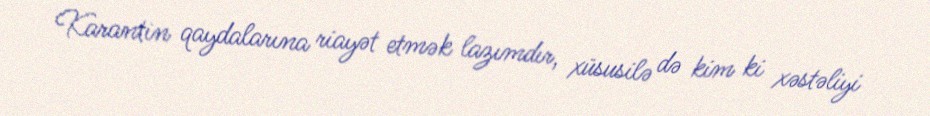
Karantin qaydalarına riayət etmək lazımdır, xüsusilə də kim ki xəstəliyi